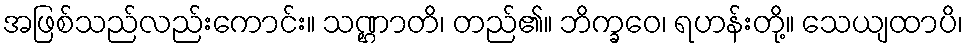
အဖြစ်သည်လည်းကောင်း။ သဏ္ဌာတိ၊ တည်၏။ ဘိက္ခဝေ၊ ရဟန်းတို့။ သေယျထာပိ၊